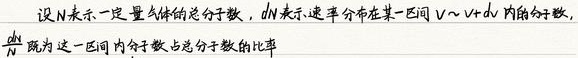
设 \(N\) 表示一定量气体的总分子数，\(dN\) 表示速率分布在某一区间 \(v\sim v + dv\) 内的分子数，\(\frac{dN}{N}\) 即为这一区间内分子数占总分子数的比率